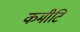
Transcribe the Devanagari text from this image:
कमीटि